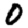
Digit: 0